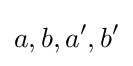
a,b,a',b'